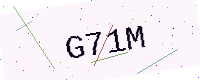
Text: G71M